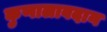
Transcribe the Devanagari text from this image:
कुणालावदान